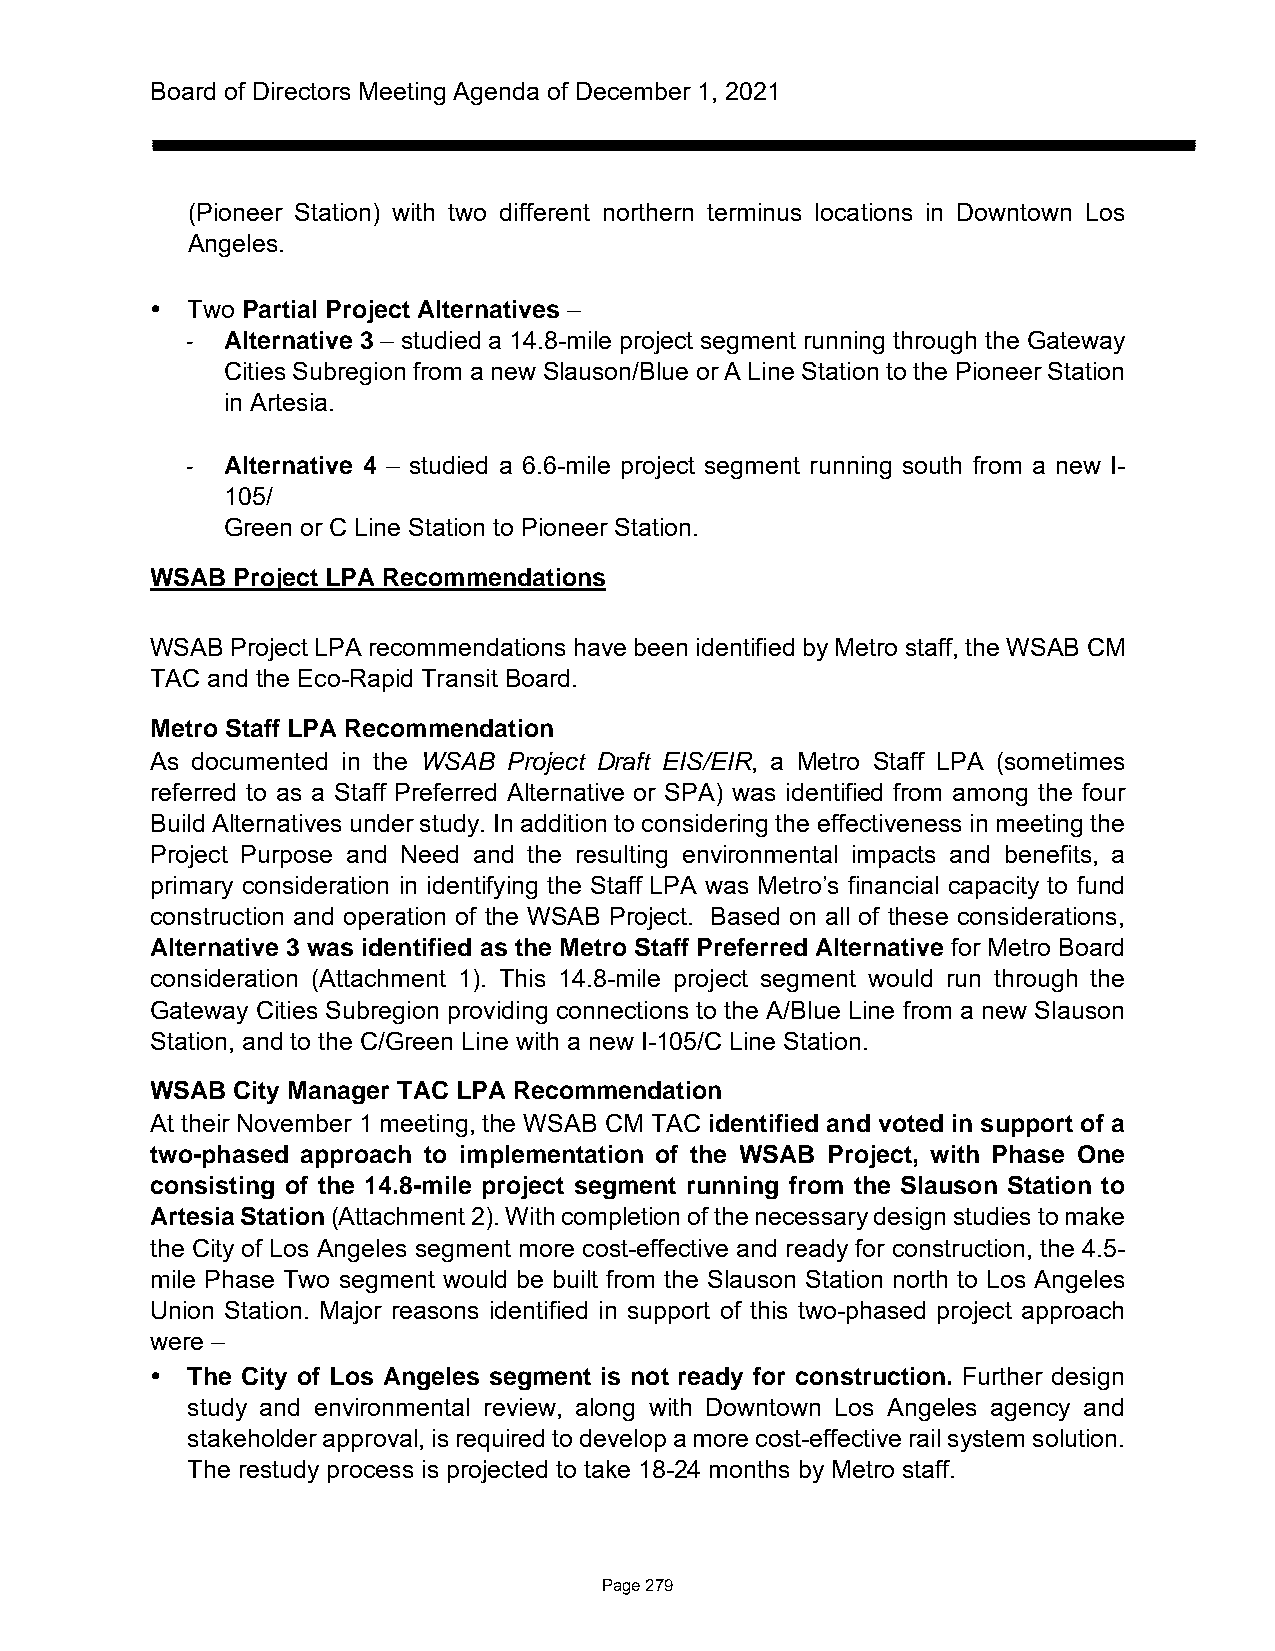
Board of Directors Meeting Agenda of December 1, 2021
 (Pioneer Station) with two different northern terminus locations in Downtown Los
 Angeles.
  Two Partial Project Alternatives –
 -  Alternative 3 – studied a 14.8-mile project segment running through the Gateway
 Cities Subregion from a new Slauson/Blue or A Line Station to the Pioneer Station
 in Artesia.
 -  Alternative 4 – studied a 6.6-mile project segment running south from a new I-
 105/
 Green or C Line Station to Pioneer Station.
 WSAB Project LPA Recommendations
 WSAB Project LPA recommendations have been identified by Metro staff, the WSAB CM
 TAC and the Eco-Rapid Transit Board.
 Metro Staff LPA Recommendation
 As documented in the WSAB Project Draft EIS/EIR, a Metro Staff LPA (sometimes
 referred to as a Staff Preferred Alternative or SPA) was identified from among the four
 Build Alternatives under study. In addition to considering the effectiveness in meeting the
 Project Purpose and Need and the resulting environmental impacts and benefits, a
 primary consideration in identifying the Staff LPA was Metro’s financial capacity to fund
 construction and operation of the WSAB Project. Based on all of these considerations,
 Alternative 3 was identified as the Metro Staff Preferred Alternative for Metro Board
 consideration (Attachment 1). This 14.8-mile project segment would run through the
 Gateway Cities Subregion providing connections to the A/Blue Line from a new Slauson
 Station, and to the C/Green Line with a new I-105/C Line Station.
 WSAB City Manager TAC LPA Recommendation
 At their November 1 meeting, the WSAB CM TAC identified and voted in support of a
 two-phased approach to implementation of the WSAB Project, with Phase One
 consisting of the 14.8-mile project segment running from the Slauson Station to
 Artesia Station (Attachment 2). With completion of the necessary design studies to make
 the City of Los Angeles segment more cost-effective and ready for construction, the 4.5-
 mile Phase Two segment would be built from the Slauson Station north to Los Angeles
 Union Station. Major reasons identified in support of this two-phased project approach
 were –
  The City of Los Angeles segment is not ready for construction. Further design
 study and environmental review, along with Downtown Los Angeles agency and
 stakeholder approval, is required to develop a more cost-effective rail system solution.
 The restudy process is projected to take 18-24 months by Metro staff.
 Page 279